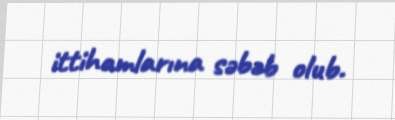
ittihamlarına səbəb olub.